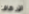
الإرهاق